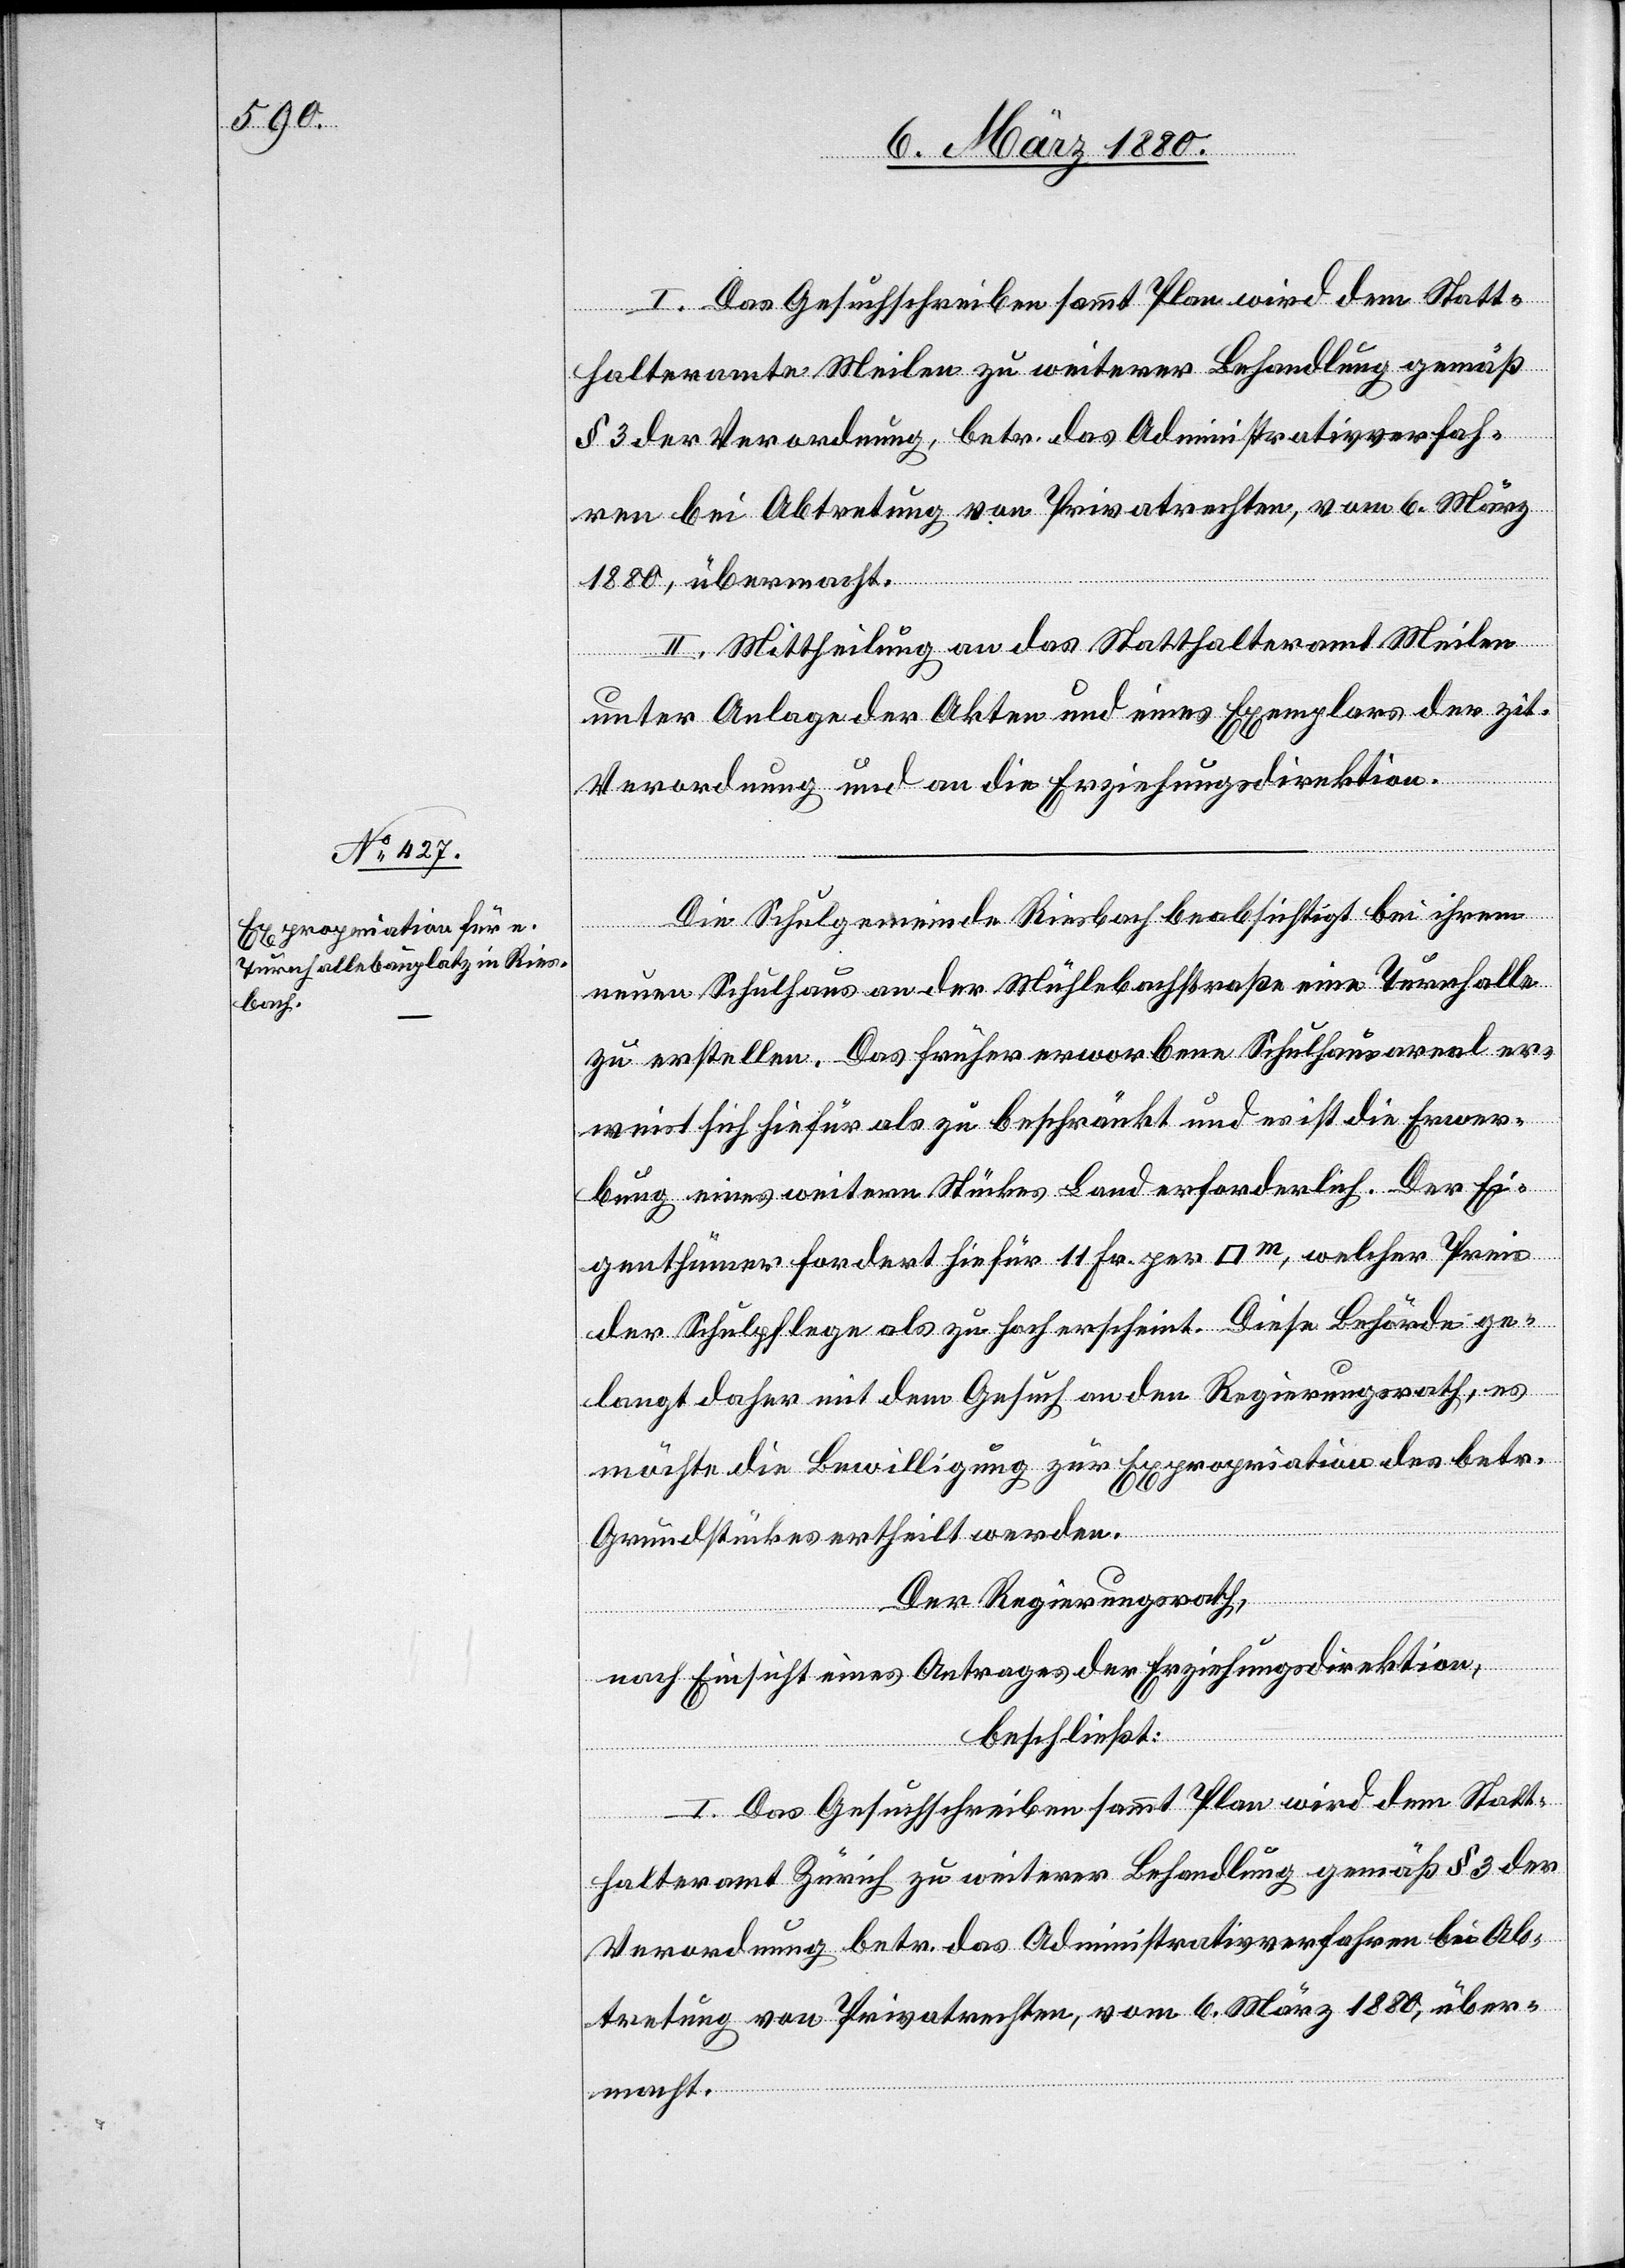
I. Das Gesuchschreiben sammt Plan wird dem Statt¬
halteramte Meilen zu weiterer Behandlung gemäß
§ 3 der Verordnung betr. das Administrativverfah¬
ren bei Abtretung von Privatrechten, vom 6. März
1880, übermacht.
II. Mittheilung an das Statthalteramt Meilen
unter Anlage der Akten und eines Exemplars der zit.
ihrem
Verordnung und an die Erziehungsdirektion.
Die
neuen Schulhaus an der Mühlebachstraße eine Turnhalle
bach
zu erstellen. Das früher erworbene Schulhausareal er¬
weist sich hiefür als zu beschränkt und es ist die Erwer¬
bung eines weitern Stückes Land erforderlich. Der Ei¬
genthümer fordert hiefür 11 Fr. per [Quadratmeter], welcher Preis
der Schulpflege als zu hoch erscheint. Diese Behörde ge¬
langt daher mit dem Gesuch an den Regierungsrath, es
möchte die Bewilligung zur Expropriation des betr.
Grundstückes ertheilt werden.
Der Regierungsrath,
nach Einsicht eines Antrages der Erziehungsdirektion,
bei
beschließt:
I. Das Gesuchschreiben sammt Plan wird dem Statt¬
halteramt Zürich zu weiterer Behandlung gemäß § 3 der
Verordnung betr. das Administrativverfahren bei Ab¬
tretung von Privatrechten, vom 6. März 1880, über¬
macht.